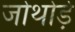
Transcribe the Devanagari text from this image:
जोथोड़े